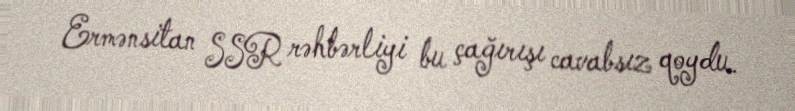
Ermənsitan SSR rəhbərliyi bu çağırışı cavabsız qoydu.